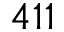
4 1 1